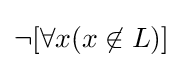
\lnot [\forall x(x\not \in L)]